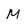
Character: M